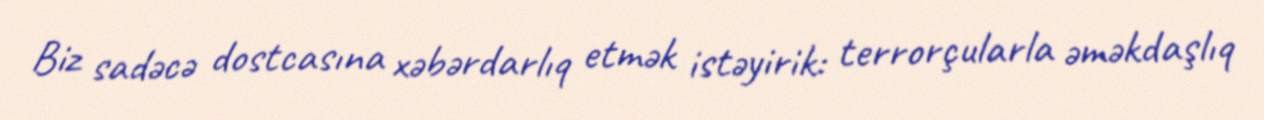
Biz sadəcə dostcasına xəbərdarlıq etmək istəyirik: terrorçularla əməkdaşlıq